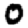
Digit: 0